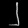
Digit: ၂